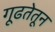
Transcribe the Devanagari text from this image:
गूढतेतून